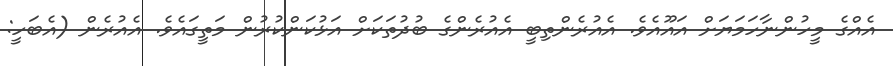
އެއްގެ މީހުންނާހަމަޔަށް އައޫއެވެ. އެއުރެންތިބީ އެއުރެންގެ ބުދުތަކަށް އަޅުކަންކުރުން މަތީގައެވެ. އެއުރެން (އެބަހީ: